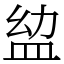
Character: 𥁒